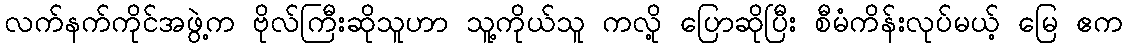
လက်နက်ကိုင်အဖွဲ့က ဗိုလ်ကြီးဆိုသူဟာ သူ့ကိုယ်သူ ကလို့ ပြောဆိုပြီး စီမံကိန်းလုပ်မယ့် မြေ ဧက